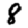
Digit: 8